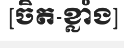
[ចិត-ខ្លាំង]